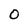
Character: 0